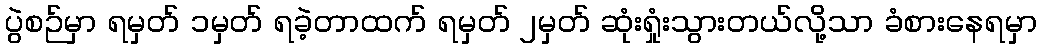
ပွဲစဉ်မှာ ရမှတ် ၁မှတ် ရခဲ့တာထက် ရမှတ် ၂မှတ် ဆုံးရှုံးသွားတယ်လို့သာ ခံစားနေရမှာ